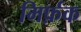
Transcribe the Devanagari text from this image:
मिर्फ़क